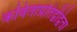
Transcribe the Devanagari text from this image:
कविताप्रतिद्वंद्विता